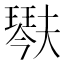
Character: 𤩍